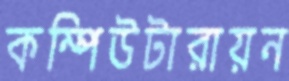
কম্পিউটারায়ন